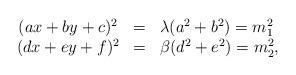
LaTeX: \begin{align*}\begin{array}{ccl}(ax+by+c)^2&=&\lambda(a^2+b^2)=m_1^2\\(dx+ey+f)^2&=&\beta(d^2+e^2)=m_2^2,\end{array}\end{align*}